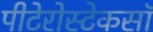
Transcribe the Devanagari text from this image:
पीटेरोस्टेकसॉ